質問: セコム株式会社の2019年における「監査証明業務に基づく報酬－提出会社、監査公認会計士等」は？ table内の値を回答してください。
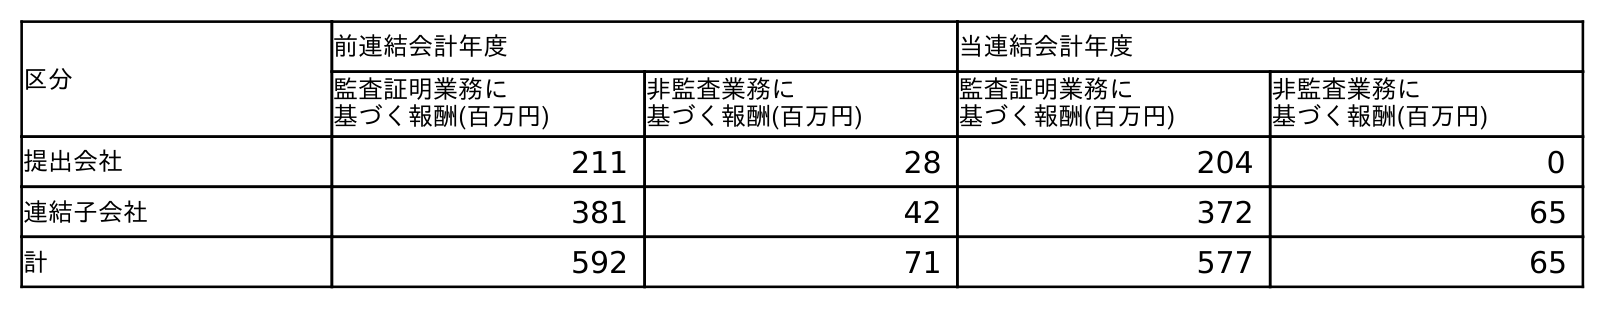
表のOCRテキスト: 区分 前連結会計年度 当連結会計年度 監査証明業務に 基づく報酬(百万円) 非監査業務に 基づく報酬(百万円) 監査証明業務に 基づく報酬(百万円) 非監査業務に 基づく報酬(百万円) 提出会社 211 28 204 0 連結子会社 381 42 372 65 計 592 71 577 65
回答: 211